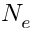
N _ { e }